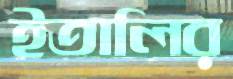
ইতালির